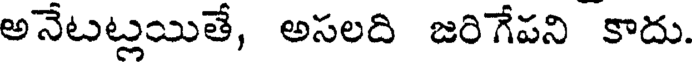
అనేటట్లయితే, అసలది జరిగేపని కాదు.